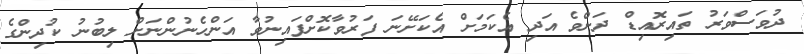
ދުވަސްވަރު ތައިރޮއިޑް ދަށްވެ އަދި އެކަމަށް އެކަށޭނަ ފަރުވާކޮށްފައިނުވާ އަންހެނުންނަށް ލިބުނު ކުދިންގެ